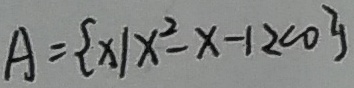
A = \{ x \vert x ^ { 2 } - x - 1 2 < 0 \}